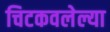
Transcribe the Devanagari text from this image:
चिटकवलेल्या